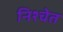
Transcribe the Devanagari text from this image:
निश्चेत